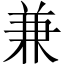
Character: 兼